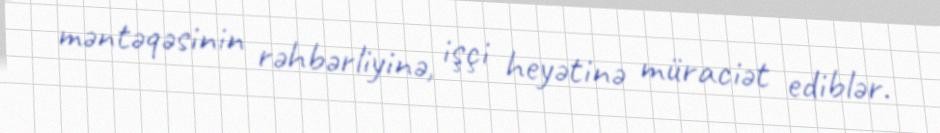
məntəqəsinin rəhbərliyinə, işçi heyətinə müraciət ediblər.